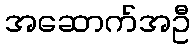
အဆောက်အဦ